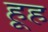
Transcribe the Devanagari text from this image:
हूह